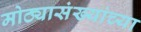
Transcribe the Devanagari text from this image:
मोठ्यासंख्यांच्या